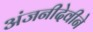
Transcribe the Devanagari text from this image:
अंजनीदेवीने